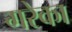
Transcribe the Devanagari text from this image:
गरेका